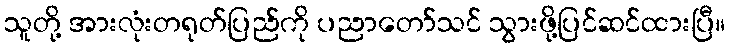
သူတို့ အားလုံးတရုတ်ပြည်ကို ပညာတော်သင် သွားဖို့ပြင်ဆင်ထားပြီ။